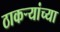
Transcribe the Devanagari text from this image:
ठाकर्‍यांच्या